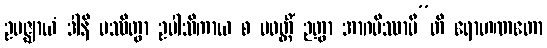
ဥပဇ္ဈာယံ ဒါနိ ပဿိတွာ ဥပါသိကာယ စ ပဝတ္တိံ ဉတွာ အာဂမိဿာမီ”တိ ရောဟဏတော